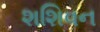
શશિવન